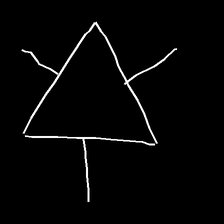
Glyph: fire